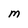
Character: M